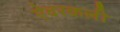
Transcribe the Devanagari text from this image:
ऐवरकली